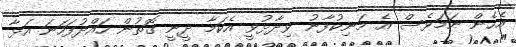
އެހެން ނަމަވެސް އެ މަނިކުފާނު ވިދާޅުވީ އެކަމާ ދީނީ ގޮތުން ހައްދުފަހަނަ އަޅާ